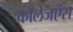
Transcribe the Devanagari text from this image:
कॉलेजऍस